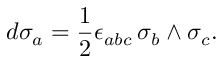
d \sigma _ { a } = \frac { 1 } { 2 } \epsilon _ { a b c } \, \sigma _ { b } \wedge \sigma _ { c } .